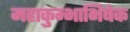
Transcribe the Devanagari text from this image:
महाकुम्भाभिषेक